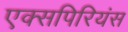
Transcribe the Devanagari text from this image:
एक्सपिरियंस